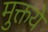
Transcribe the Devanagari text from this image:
मुक्तये